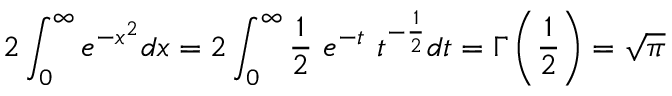
2 \int _ { 0 } ^ { \infty } e ^ { - x ^ { 2 } } d x = 2 \int _ { 0 } ^ { \infty } { \frac { 1 } { 2 } } \ e ^ { - t } \ t ^ { - { \frac { 1 } { 2 } } } d t = \Gamma \left( { \frac { 1 } { 2 } } \right) = { \sqrt { \pi } }